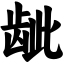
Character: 龇